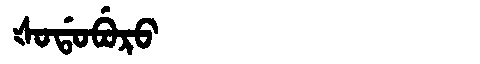
Manchu: ᡧᠣᡩᠣᠪᡠᡵᠣ
Romanization: ŠODOBURO